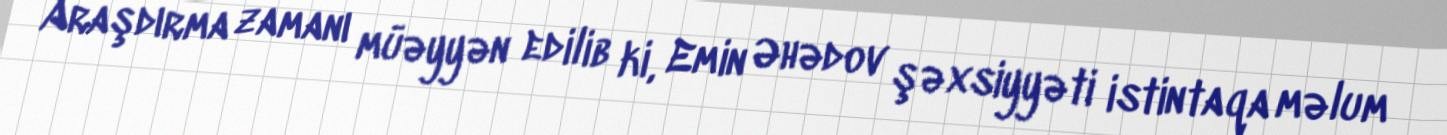
Araşdırma zamanı müəyyən edilib ki, Emin Əhədov şəxsiyyəti istintaqa məlum